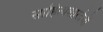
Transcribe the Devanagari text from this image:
साहित्यशारदेची